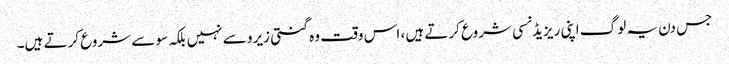
جس دن یہ لوگ اپنی ریزیڈنسی شروع کرتے ہیں ، اس وقت وہ گنتی زیرو سے نہیں بلکہ سو سے شروع کرتے ہیں۔